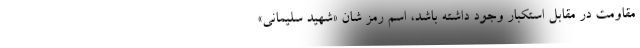
مقاومت در مقابل استکبار وجود داشته باشد، اسم رمز شان «شهید سلیمانی»